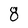
Character: 8